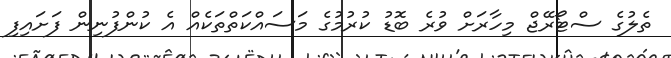
ތެލުގެ ސްޓޯރޭޖް މިހާރަށް ވުރެ ބޮޑު ކުރުމުގެ މަސައްކަތްތަކެއް އެ ކުންފުނިން ފަށައިފި